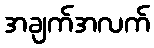
အချက်အလက်